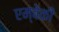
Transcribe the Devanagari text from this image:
एम्बेकी